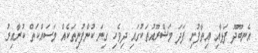
އެނބޫދޫ ފަޅާއި އިތާފުށި ފަދަ މަޝްރޫއުތަކުގައި ދިވެހި ގިނަ ކުންފުނިތަކެއް މަސައްކަތް ކުރާއިރު